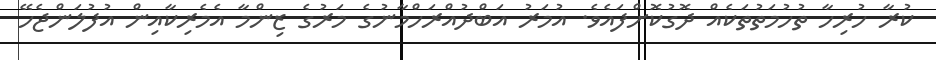
ކުރާ ހުރިހާ ތުހުމަތުތަކެއް ދޮގުކޮށްފައެވެ. އުމަރު އަބްދުއްރަހްމާނުގެ މަރުގެ ޒިންމާ އެމެރިކާއިން އުފުލަންޖެހޭ